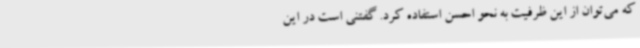
که می‌توان از این ظرفیت به نحو احسن استفاده کرد. گفتنی است در این